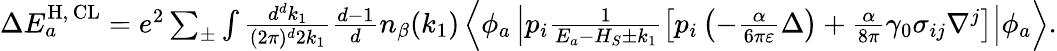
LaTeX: \begin{array}{r}{\Delta E_{a}^{\mathrm{H},\, \mathrm{CL}}=e^{2}\sum_{\pm}\int\frac{d^{d}k_{1}}{(2\pi)^{d}2k_{1}}\frac{d-1}{d}n_{\beta}(k_{1})\left\langle\phi_{a}\left|p_{i}\frac{1}{E_{a}-H_{S}\pm k_{1}}\left[p_{i}\left(-\frac{\alpha}{6\pi\varepsilon}\Delta\right)+\frac{\alpha}{8\pi}\gamma_{0}\sigma_{ij}\nabla^{j}\right]\right|\phi_{a}\right\rangle.}\end{array}